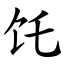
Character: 饦